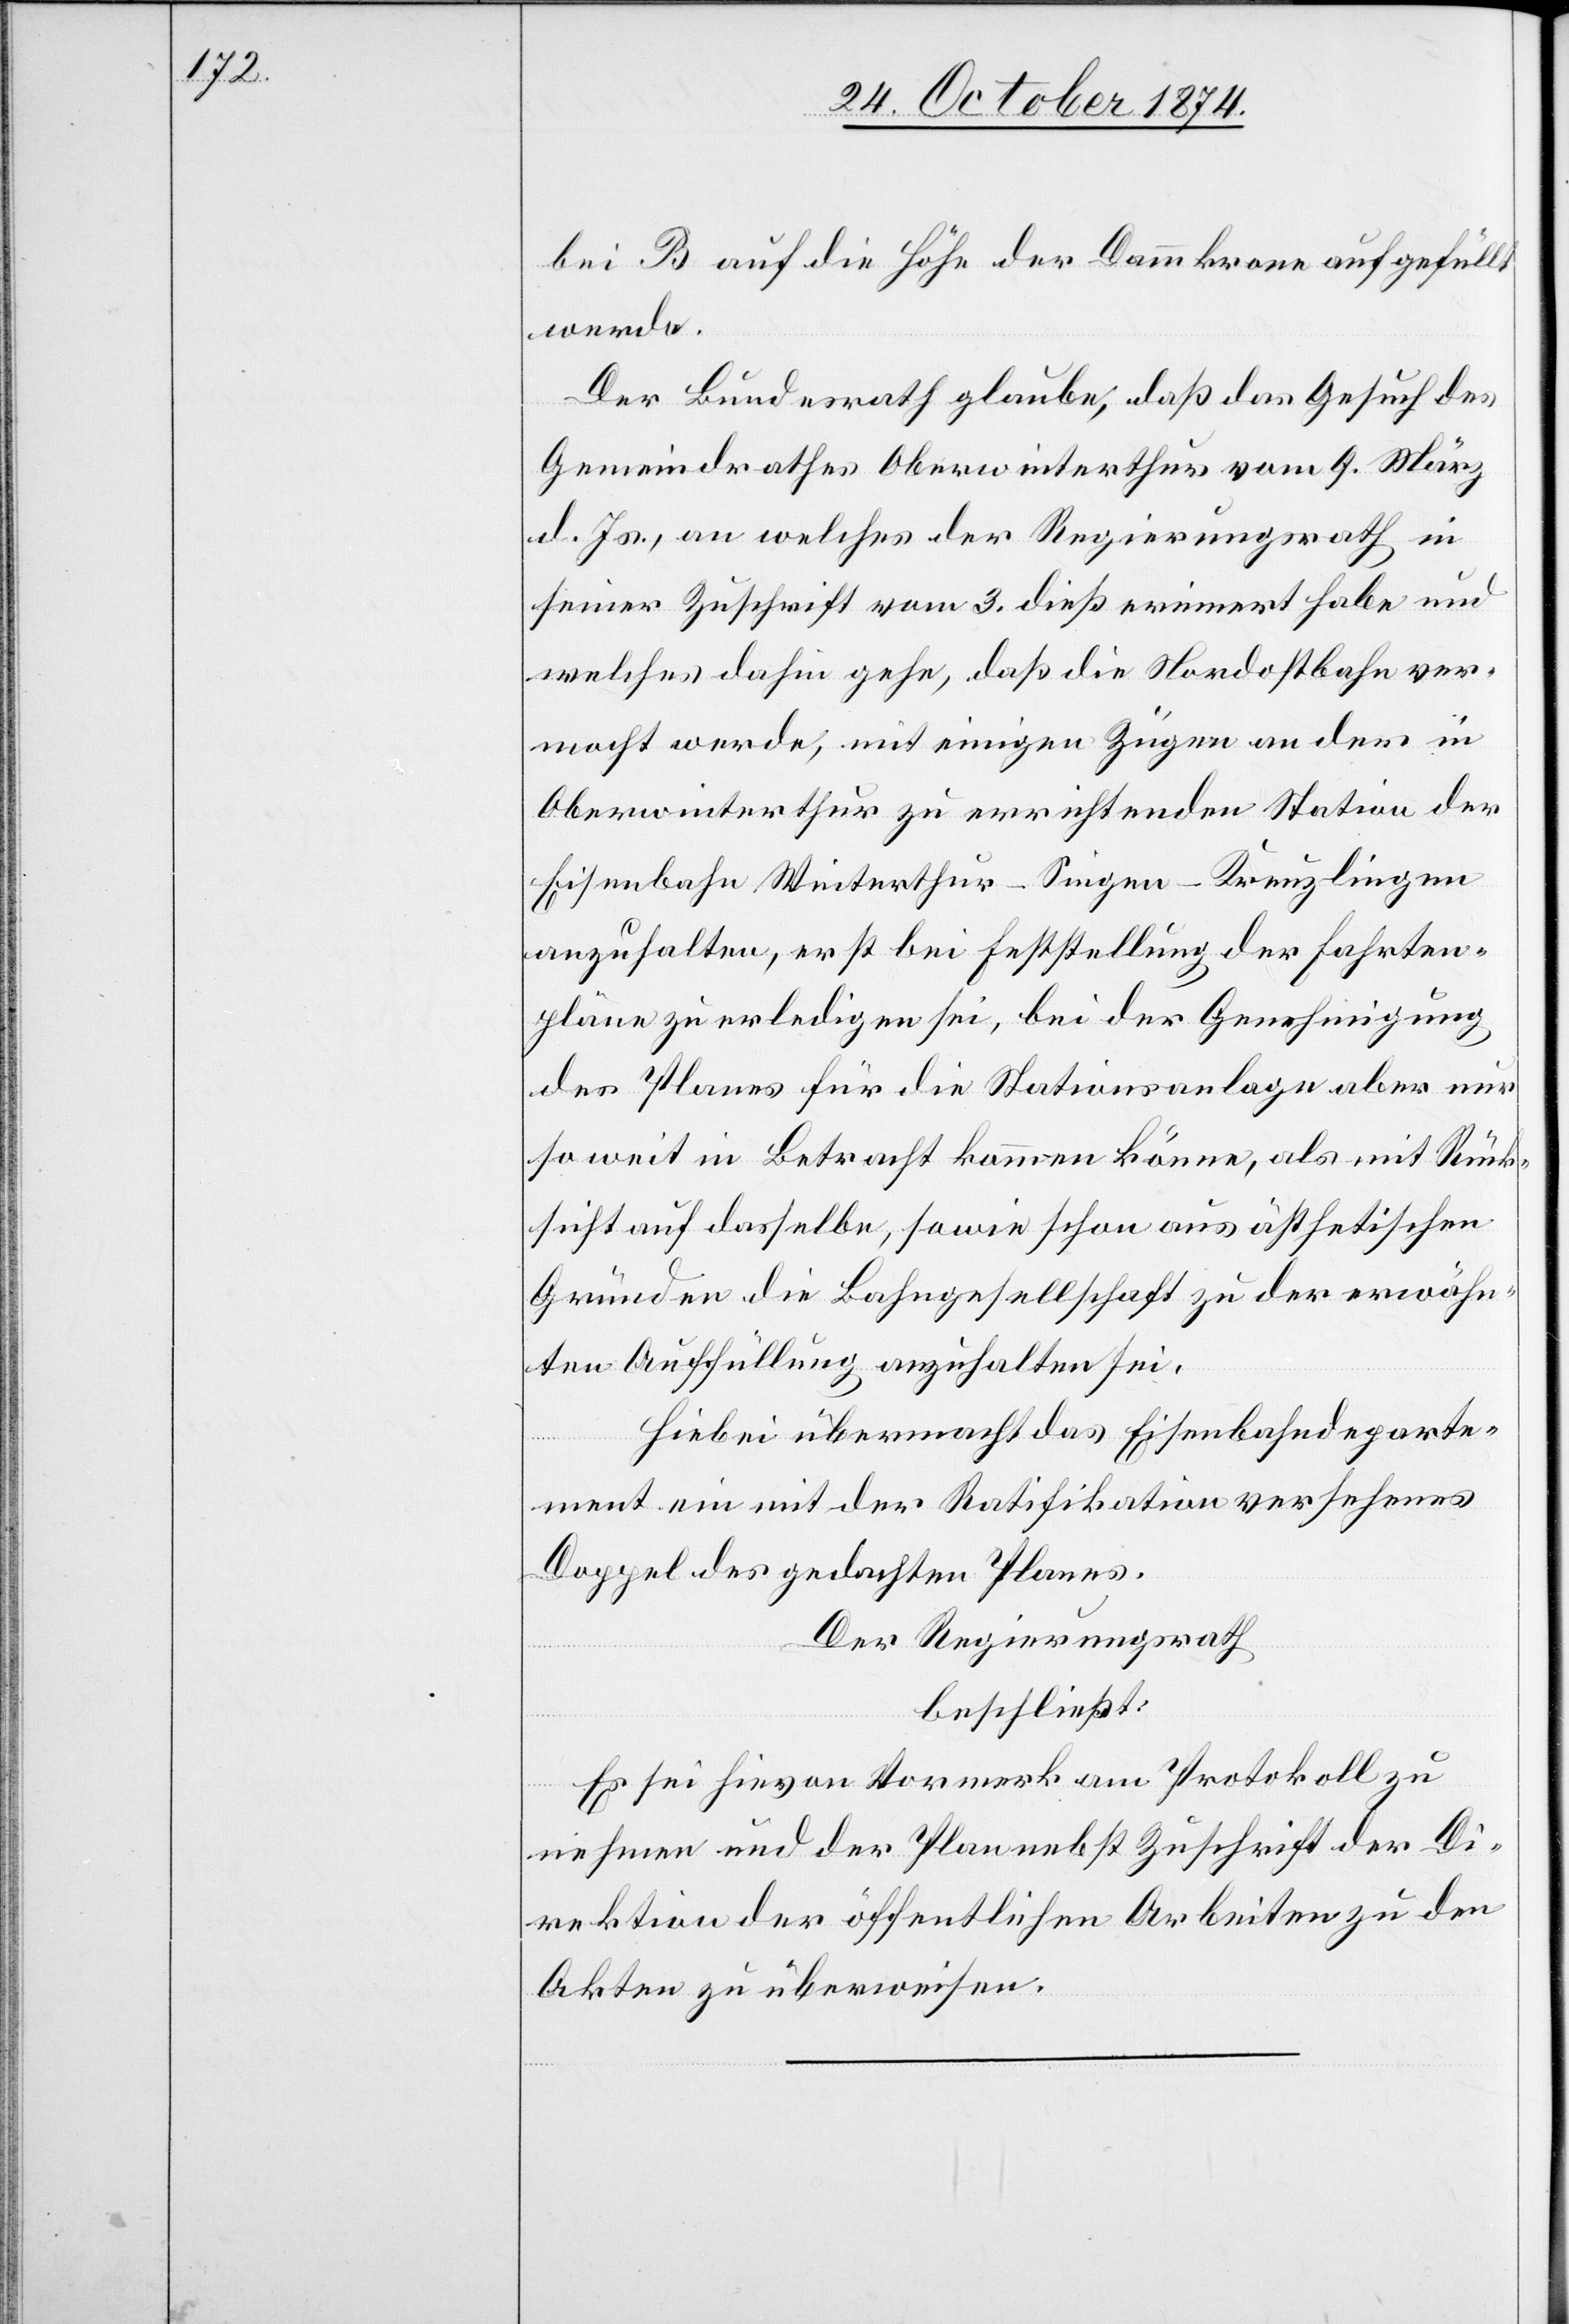
bei B auf die Höhe der Dammkrone aufgefüllt
werde.
Der Bundesrath glaube, daß das Gesuch des
Gemeindrathes Oberwinterthur vom 9. März
d. Js., an welches der Regierungsrath in
seiner Zuschrift vom 3. dieß erinnert habe und
welches dahin gehe, daß die Nordostbahn ver¬
macht werde, mit einigen Zügen an der in
Oberwinterthur zu errichtenden Station der
Eisenbahn Winterthur–Singen–Kreuzlingen
anzuhalten, erst bei Feststellung der Fahrten¬
pläne zu erledigen sei, bei der Genehmigung
des Planes für die Stationsanlage aber nur
so weit in Betracht kommen könne, als mit Rück¬
sicht auf dasselbe, sowie schon aus ästhetischen
Gründen die Bahngesellschaft zu der erwähn¬
ten Auffüllung anzuhalten sei.
Hiebei übermacht das Eisenbahndeparte¬
ment ein mit der Ratifikation versehenes
Doppel des gedachten Planes.
Der Regierungsrath
beschließt:
Es sei hievon Vormerk am Protokoll zu
nehmen und der Plan nebst Zuschrift der Di¬
rektion der öffentlichen Arbeiten zu den
Akten zu überweisen.